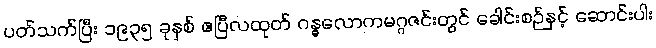
ပတ်သက်ပြီး ၁၉၃၅ ခုနှစ် ဧပြီလထုတ် ဂန္ဓလောကမဂ္ဂဇင်းတွင် ခေါင်းစဉ်နှင့် ဆောင်းပါး